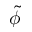
\tilde { \phi }